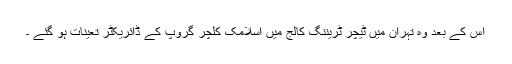
اس کے بعد وہ تہران میں ٹیچر ٹریننگ کالج میں اسلامک کلچر گروپ کے ڈائریکٹر تعینات ہو گئے ۔